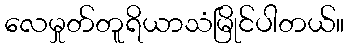
လေမှုတ်တူရိယာသံမြိုင်ပါတယ်။